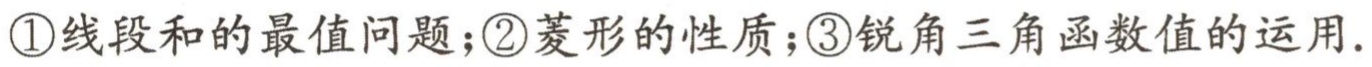
\textcircled{1}线段和的最值问题；\textcircled{2}菱形的性质；\textcircled{3}锐角三角函数值的运用.